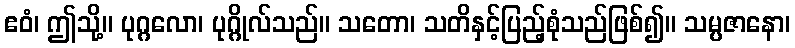
ဧဝံ၊ ဤသို့။ ပုဂ္ဂလော၊ ပုဂ္ဂိုလ်သည်။ သတော၊ သတိနှင့်ပြည့်စုံသည်ဖြစ်၍။ သမ္ပဇာနော၊